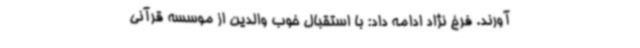
آورند. فرخ‌ نژاد ادامه داد: با استقبال خوب والدین از موسسه قرآنی